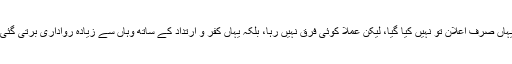
یہاں صرف اعلان تو نہیں کیا گیا، لیکن عملاً کوئی فرق نہیں رہا، بلکہ یہاں کفر و ارتداد کے ساتھ وہاں سے زیادہ رواداری برتی گئی۔